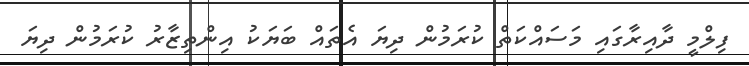
ފިލްމީ ދާއިރާގައި މަސަައްކަތް ކުރަމުން ދިޔަ އެތައް ބަޔަކު އިންތިޒާރު ކުރަމުން ދިޔަ